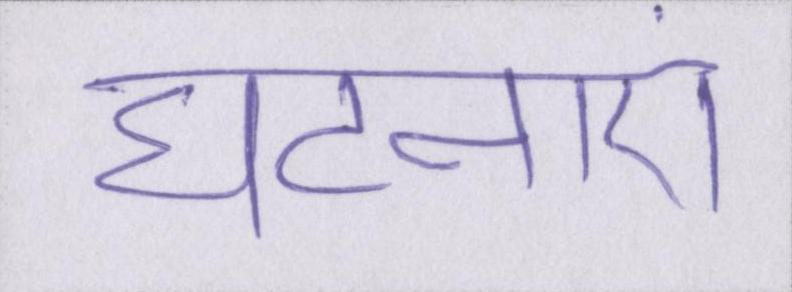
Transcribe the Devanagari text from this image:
घटनाएं